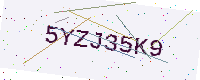
Text: 5YZJ35K9